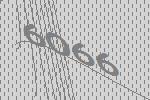
6066